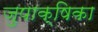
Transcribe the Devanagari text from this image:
जुपाक्षिका